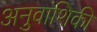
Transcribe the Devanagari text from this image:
अनुवांशिकी